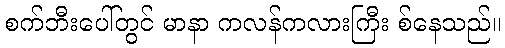
စက်ဘီးပေါ်တွင် မာနာ ကလန်ကလားကြီး စ်နေသည်။